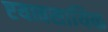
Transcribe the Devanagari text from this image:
एयावसायिक